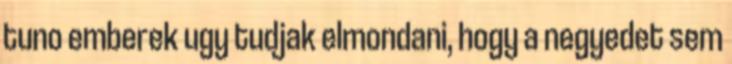
tuno emberek ugy tudjak elmondani, hogy a negyedet sem